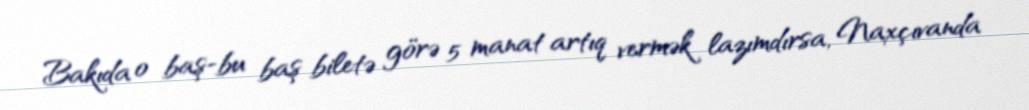
Bakıda o baş-bu baş biletə görə 5 manat artıq vermək lazımdırsa, Naxçıvanda